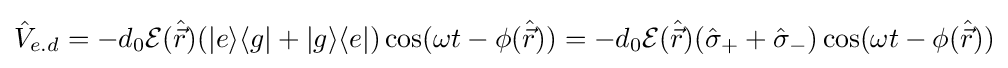
{\hat {V}}_{e.d}=-d_{0}{\mathcal {E}}({\hat {\vec {r}}})(|e\rangle \langle g|+|g\rangle \langle e|)\cos(\omega t-\phi ({\hat {\vec {r}}}))=-d_{0}{\mathcal {E}}({\hat {\vec {r}}})({\hat {\sigma }}_{+}+{\hat {\sigma }}_{-})\cos(\omega t-\phi ({\hat {\vec {r}}}))